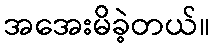
အအေးမိခဲ့တယ်။